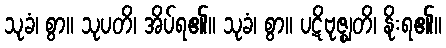
သုခံ၊ စွာ။ သုပတိ၊ အိပ်ရ၏။ သုခံ၊ စွာ။ ပဋိဗုဇ္ဈတိ၊ နိုးရ၏။